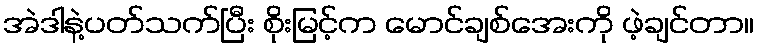
အဲဒါနဲ့ပတ်သက်ပြီး စိုးမြင့်က မောင်ချစ်အေးကို ဖဲ့ချင်တာ။